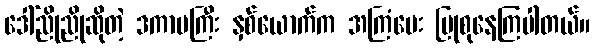
ဒေါ်ညိုညိုဆိုတဲ့ ဒကာမကြီး နှစ်ယောက်က အကြံပေး ပြုစုနေကြပါတယ်။